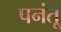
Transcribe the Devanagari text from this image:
पनंतू